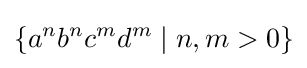
\{a^{n}b^{n}c^{m}d^{m}\mid n,m>0\}